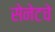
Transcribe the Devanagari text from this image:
सेनेटचे